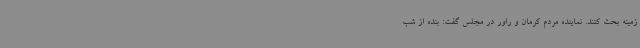
زمینه بحث کنند. نماینده مردم کرمان و راور در مجلس گفت: بنده از شب